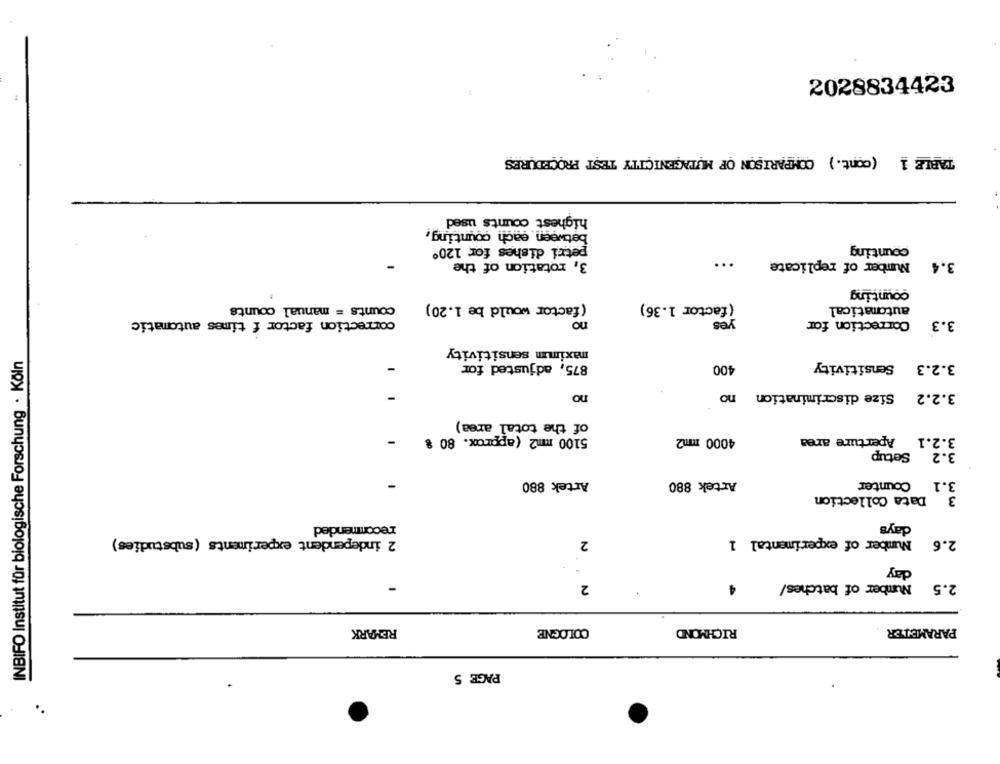
2028834423
TABLE 1 (cont.) COMPARISON OF MUTAGENICITY TEST PROCEDURES
highest counts used
between each counting,
counting
petri dishes for 120º
3, rotation of the
Number of replicate
3.4
counting
counts = manual counts
(factor would be 1.20)
(factor 1.36)
automatical
correction factor f times automatic
no
yes
Correction for
3.3
maximm sensitivity
INBIFO Institut für biologische Forschung · Köln
875, adjusted for
400
Sensitivity
3.2.3
-
no
3.2.2 Size discrimination no
of the total area)
5100 mm2 (approx. 80 %
-
4000 mm2
Aperture area
3.2.1
Setup
3.2
Artek 880
Artek 880
Counter
3.1
Data Collection
3
recommended
days
2 independent experiments (substudies)
2
2.6 Number of experimental 1
day
2
4
2.5 Number of batches/
REMARK
COLOGNE
RICHMOND
PARAMETER
PAGE 5